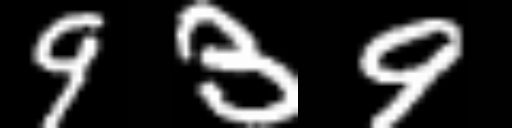
Text: 939